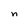
Character: n